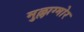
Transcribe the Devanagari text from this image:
मुल्लाग्मोर